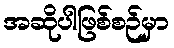
အဆိုပါဖြစ်စဉ်မှာ